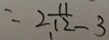
= 2 \frac { 1 1 } { 1 2 } - 3